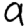
Digit: 9